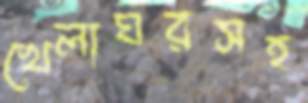
খেলাঘরসহ